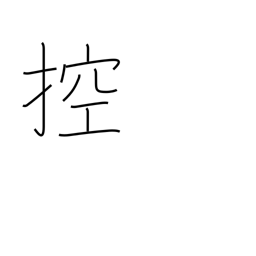
Meaning: draw in